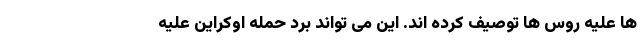
ها علیه روس ها توصیف کرده اند. این می تواند برد حمله اوکراین علیه